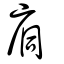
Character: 𢈉